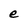
Character: e